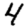
Digit: 4